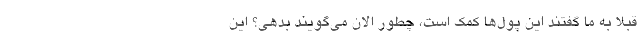
قبلا به ما گفتند این پول‌ها کمک است، چطور الان می‌گویند بدهی؟ این